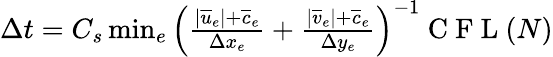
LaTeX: \begin{array}{r}{\Delta t=C_{s}\operatorname*{min}_{e}\left({\frac{|\overline{{u}}_{e}|+\overline{{c}}_{e}}{\Delta x_{e}}+\frac{|\overline{{v}}_{e}|+\overline{{c}}_{e}}{\Delta y_{e}}}\right)^{-1}\mathrm{~C~F~L~}(N)}\end{array}